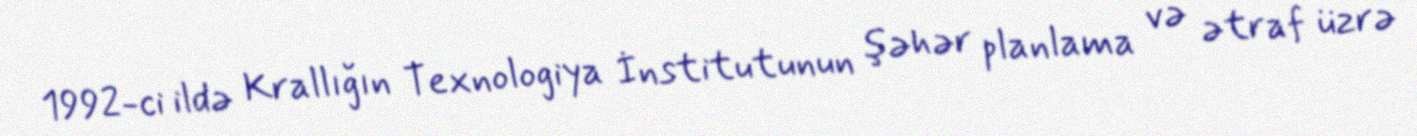
1992-ci ildə Krallığın Texnologiya İnstitutunun şəhər planlama və ətraf üzrə